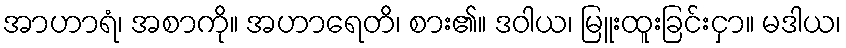
အာဟာရံ၊ အစာကို။ အဟာရေတိ၊ စား၏။ ဒဝါယ၊ မြူးထူးခြင်းငှာ။ မဒါယ၊